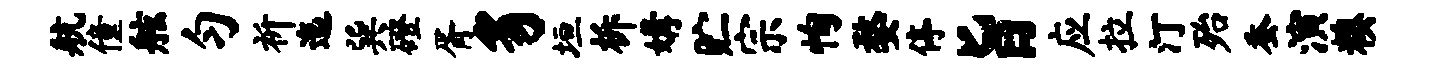
航僮舷匀祈迤巽磴胥豸垣柝媾贮宗恂婺停旨应拉汀殆蚕演糗